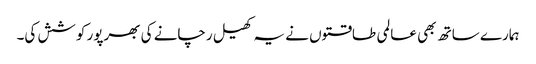
ہمارے ساتھ بھی عالمی طاقتوں نے یہ کھیل رچانے کی بھرپور کوشش کی۔